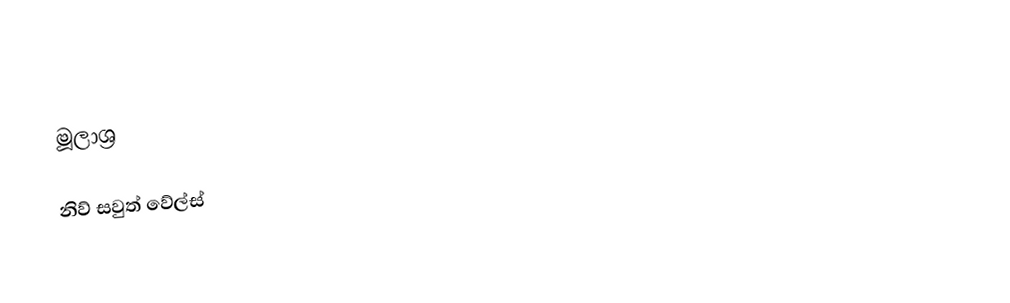

මූලාශ්‍ර

නිව් සවුත් වේල්ස්